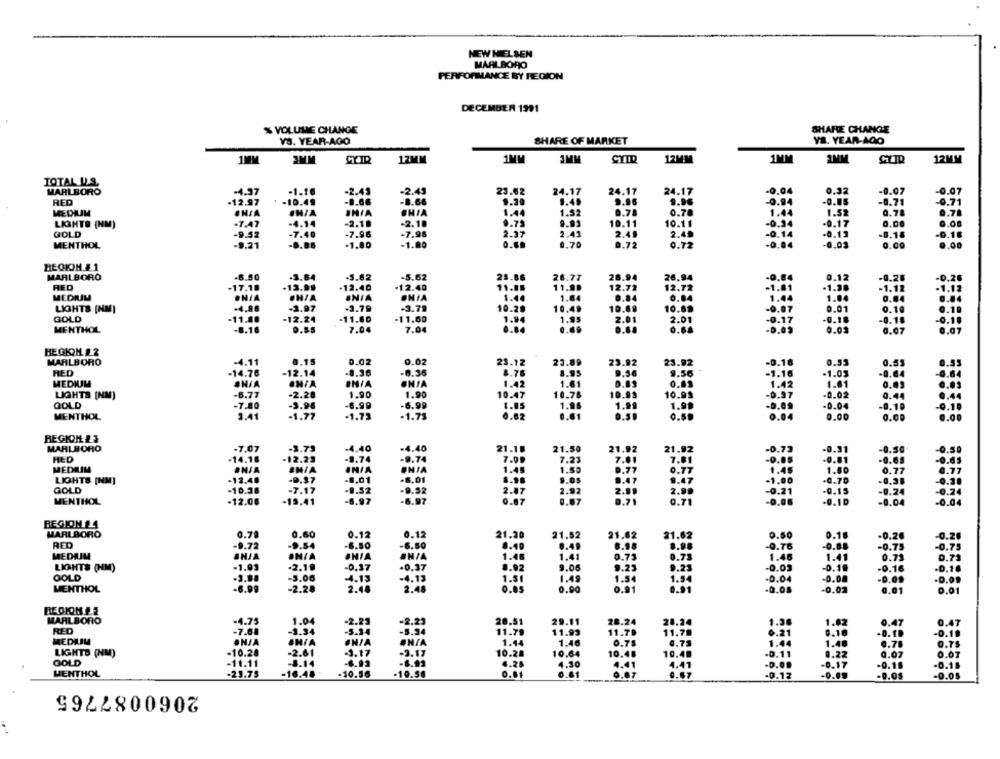
NEW NIELSEN
MARLBORO
PERFORMANCE BY REGION
DECEMBER 1991
% VOLUME CHANGE
SHARE CHANGE
YS. YEAR-AGO
SHARE OF MARKET
YA. YEAR-AGO
1MIM
3MM
CYIR
12MM
3MM
CYID
12MM
1MM
12MM
TOTAL U.S.
MARLBORO
-2.49
24.17
-0.04
0.32
-0.07
-4.97
-1.16
-2.43
23.62
24.17
24.17
-0.07
RED
12.97
-10.49
-1.66
-8.66
1.49
9.96
9.96
-0.94
-0.85
-0.79
-0.71
EN/A
IN/A
SHIA
1.44
1.52
0.78
1.44
1.52
0.78
0.71
LIGHTO (NM)
-7.47
-4.14
-2.18
-2.10
9.73
9.91
10.11
10.11
-0.34
.0.17
0.00
0.00
GOLD
-9.52
-7.40
-7.96
-7.96
2.37
2.41
2.49
2.40
-0.14
-0.13
-0.18
-0.16
MENTHOL
-9.21
-1.80
-1.00
0.60
0.70
0.72
.0.04
-0.03
0.72
0.00
0,00
REGION &1
MARLBORO
-6.50
-3.64
-5.82
-5.62
25.86
26.77
26.94
26.94
-0.84
0.12
-0.28
RED
-17.18
-13.99
.12.40
-12.40
11.05
11.90
12.72
12.72
.01
.1.38
-1.12
MEDIUM
ONIA
ONIA
1.40
1.64
0.84
0.84
1.44
1.04
0.04
ONIA
LIGHTS (NM)
-4,88
-3.97
-3.79
-3.79
10.20
10.49
10.69
10.69
.07
0.01
0.10
GOLD
-11.80
-12.24
11.80
-11.60
1.94
1.95
17
9.18
-0.18
2.01
2.01
MENTHOL
-8.16
7.04
7.04
0.03
0.07
BEGKOH &2
MARLBORO
-4.11
.. 15
0.02
0.02
23.12
23.89
23.92
23.92
.0.10
0.53
0.55
RED
-14.78
-12.14
-8.36
-8.36
8.70
8.9
-1.16
-1.03
0.64
MEDIUM
ONIA
IN/A
1.42
1.61
1.01
0.09
-6.77
-2.28
1.90
1.90
10.47
10.78
10.99
10.95
0.37
-0.02
0.44
LIGHTS (NM)
GOLD
-7.80
-3.96
-6.99
-6.99
1.85
1.9
1.99
1.95
-0.04
-0. 10
MENTHOL
3.41
-1.77
-1.73
.1.75
0.62
0.04
0.00
0.00
REGION &1
MARLBORO
-7.07
-3.73
-4.40
-4.40
21.1.
21.50
21.92
21.92
-0.73
-0.31
-0.50
MED
-14.16
-12.23
-9.74
-8.74
7.00
7.2
7.01
7.81
-0.05
-0.81
-0.65
MEDIIM
INIA
ONIA
1.35
1.45
1.50
0.77
.13.40
-D.37
-8.01
-6.01
9.05
0.77
1.00
-0.70
LIGHTS [NM]
8.47
9.47
-0,38
GOLD
-10.38
-7.17
-9.52
9.52
2.87
2.99
2.99
0.21
-0.15
-0.24
MENTHOL
-12.08
-15.41
-6,97
-6.97
0.06
.0.1D
-8.04
0.71
REGION 14
MARLBORO
0.79
0.60
0.12
0.12
21.30
21.52
21.62
21.62
0.50
0.18
-0.20
RED
-9.72
-9.54
-6.50
-6.50
8.40
0.49
6.98
8.98
-0.76
-0.00
-0.75
MEDAIM
INJA
INIA
1.41
0.73
SHIA
#N/A
1.46
0.73
1.46
1.41
0.73
LIGHTS (HM)
-1.93
-2.19
-0,37
-0.37
9.06
9.23
9.23
-0.03
-0.10
-0.16
-0.16
GOLD
-3.98
-5.06
-4.13
1.49
-0.00
-4.
1.81
1.54
-0.04
-0.09
.D.09
MENTHOL
-6.99
-2.28
2.48
2.48
0.85
0.91
-0.08
-0.02
0.01
0.01
MARLBORO
-4.75
1.04
-2.23
-2.23
20.51
29.11
28.24
28.24
1.38
1.82
0.47
0.47
RED
-7.68
-3.34
-5.34
-5.34
11.79
11.93
11.79
11.79
6.21
0.10
.D. T.
-0.11
MEDLIM
#NJA
#N/A
#N/A
1.44
1.46
0.75
0.75
1.44
1.48
9.71
0.75
LIGHTS (NM)
-10.28
-2.61
-3.17
-3.17
10.28
10.64
10.48
10.48
-D.11
0.22
0.07
0.07
GOLD
-11.11
-8.14
-6.93
4.28
4.30
4.41
4.41
-D.O.
-0.17
-0.18
-0.18
MENTHOL
-23.75
-16.48
-10.56
-19.56
0.01
0.61
0.87
-0.12
-0.0.
-0.OS
-0.0$
2060087765